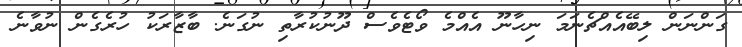
ގަންނަން ލިބޭއެއްޗެނަމަ ނިހާނޫ އެއްމެ ވޯޓެވެސް ދޫނުކުރާތި ނުގަނެ. ބާޒާރަކު ހުރެގެން ނުވާނެ